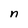
Character: n